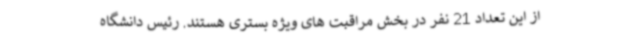
از این تعداد 21 نفر در بخش مراقبت های ویژه بستری هستند. رئیس دانشگاه